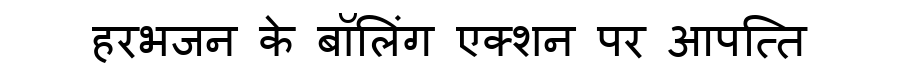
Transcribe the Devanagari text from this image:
हरभजन के बॉलिंग एक्शन पर आपत्ति